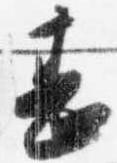
甚